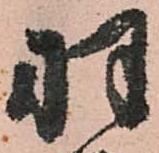
羽